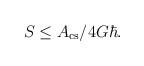
LaTeX: \begin{align*}S \leq A_{\rm cs}/ 4G\hbar.\end{align*}